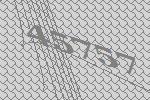
45757